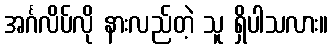
အင်္ဂလိပ်လို နားလည်တဲ့ သူ ရှိပါသလား။